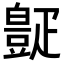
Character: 𪽧